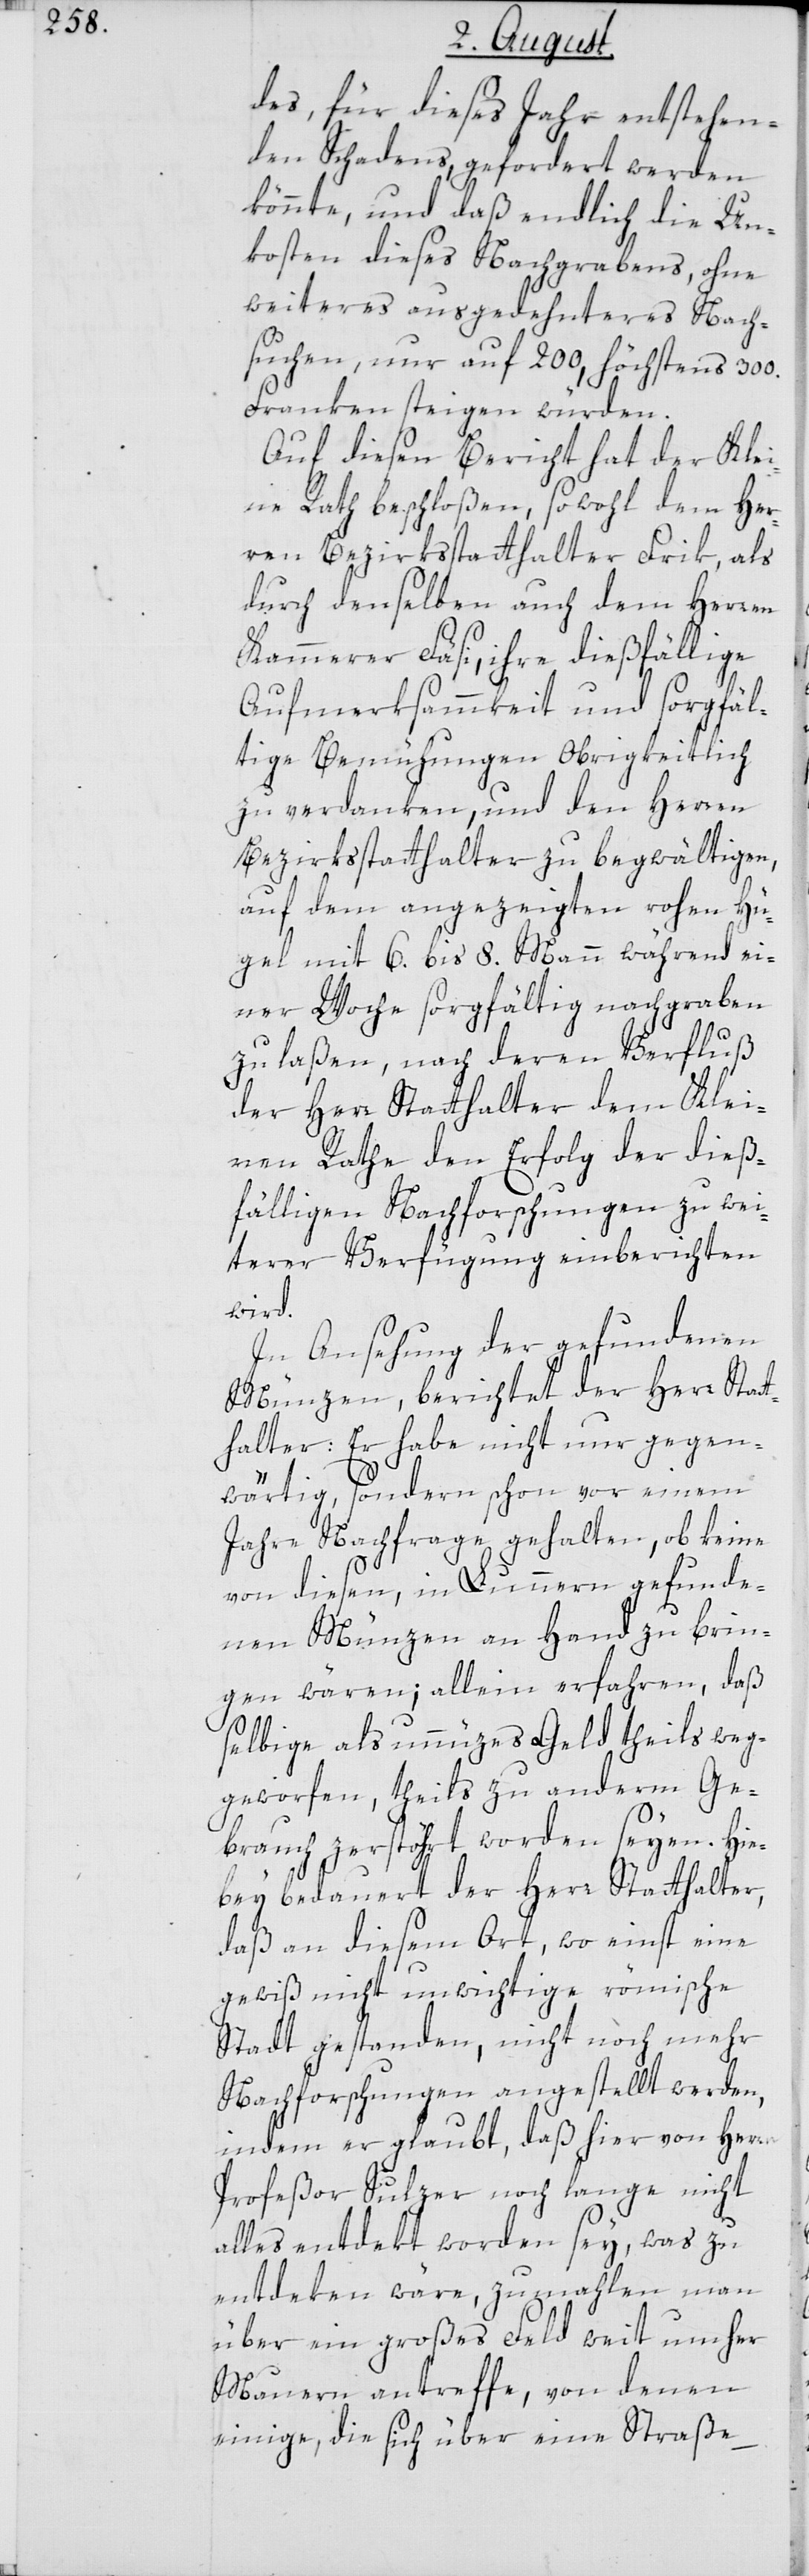
des, für dieses Jahr entstehen¬
den Schadens, gefordert werden
könnte, und daß endlich die Un¬
kosten dieses Nachgrabens ohne
weiteres ausgedehnteres Nach¬
suchen, nur auf 200, höchstens 300.
Franken steigen würden.
Auf diesen Bericht hat der Klei¬
ne Rath beschloßen, sowohl dem Her¬
ren Bezirksstatthalter Frik, als
durch denselben auch dem Herren
Kammerer Fäsi, ihre dießfällige
Aufmerksammkeit und sorgfäl¬
tige Bemühungen Obrigkeitlich
zu verdanken, und den Herren
Bezirksstatthalter zu begwältigen,
auf dem angezeigten rohen Hü¬
gel mit 6. bis 8. Mann während ei¬
ner Woche sorgfältig nachgraben
zu laßen, nach deren Verfluß
der Herr Statthalter dem Klei¬
nen Rathe den Erfolg der dieß¬
fälligen Nachforschungen zu wei¬
terer Verfügung einberichten
wird.
In Ansehung der gefundenen
Münzen, berichtet der Herr Stat¬
thalter: Er habe nicht nur geg¬
wärtig sondern schon vor einem
Jahre Nachfrage gehalten, ob keine
von diesen, in Lunnern gefunde¬
nen Münzen an Hand zu brin¬
gen wären; allein erfahren, daß
selbige als unnüzes Geld theils weg¬
geworfen, theils zu anderm Ge¬
brauch zerstöhrt worden seyen. Hie¬
bey bedauert der Herr Statthalter,
daß an diesem Ort, wo einst eine
gewiß nicht unwichtige römische
Stadt gestanden, nicht noch mehr
Nachforschungen angestellt werden,
indem er glaubt, daß hier von Herrn
Profeßor Sulzer noch lange nicht
alles entdekt worden sey, was zu
entdeken wäre, zumahlen man
über ein großes Feld weit umher
Mauern antreffe, von denen
einige, die sich über eine Straße